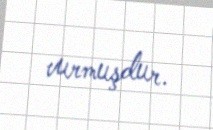
vurmuşdur.